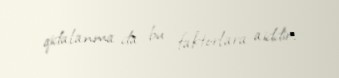
qidalanma da bu faktorlara aiddir.